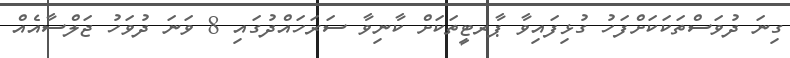
ގިނަ ދުވަސްތަކަކަށްފަހު ގުޅިފައިވާ ޕާރޓީތަކަށް ކާނިވާ ސަރަހައްދުގައި 8 ވަނަ ދުވަހު ޖަލްސާއެއް